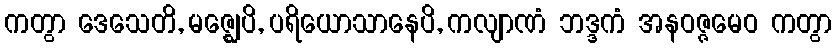
ကတွာ ဒေသေတိ, မဇ္ဈေပိ, ပရိယောသာနေပိ, ကလျာဏံ ဘဒ္ဒကံ အနဝဇ္ဇမေဝ ကတွာ